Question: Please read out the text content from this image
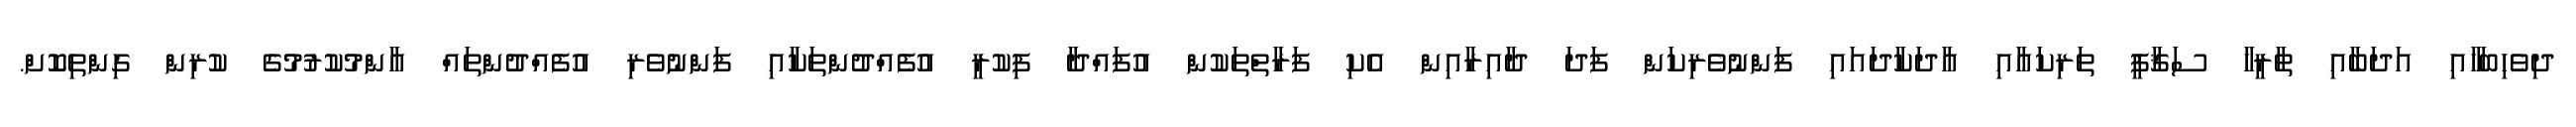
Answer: ދިވެހިބަހާއި އަދަބާއި ތާރީޚާ ސަޤާފީ ތަރިކައާއި އާދަކާދައައި ފަންނުވެރިކަން ފަދަ ދާއިރާއިން އެކި ފަރާތްތަކުން އުފައްދާ ފިކުރީ އުފެއްދުންތަކާއި ފަންނުވެރި އުފެއްދުންތައް އާންމުކުރުމުގެ ކުރިން ގިންތިކޮށް.